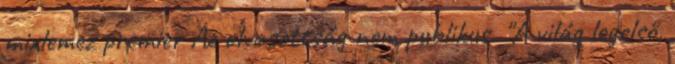
mixlemez premier Az olvasottság nem publikus. "A világ legelső,